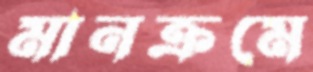
মানক্রমে